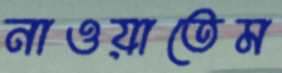
নাওয়াতেম